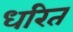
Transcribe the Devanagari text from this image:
धरित